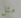
مثل